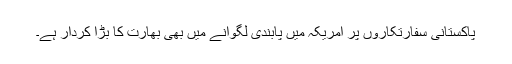
پاکستانی سفارتکاروں پر امریکہ میں پابندی لگوانے میں بھی بھارت کا بڑا کردار ہے۔